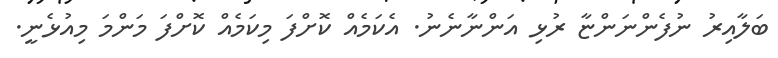
ބަލާއިރު ނުފެންނަންޏާ ރުޅި އަންނާނެނު. އެކަމެއް ކޮށްފަ މިކަމެއް ކޮށްފަ މަންމަ މިއުޅެނީ.